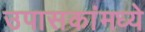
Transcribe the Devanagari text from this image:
उपासकांमध्ये